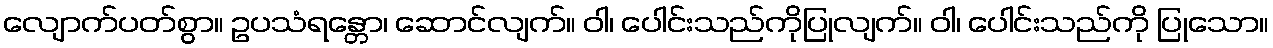
လျောက်ပတ်စွာ။ ဥပသံရန္တော၊ ဆောင်လျက်။ ဝါ၊ ပေါင်းသည်ကိုပြုလျက်။ ဝါ၊ ပေါင်းသည်ကို ပြုသော။